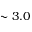
\sim 3 . 0